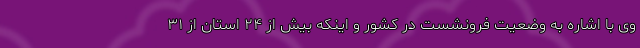
وی با اشاره به وضعیت فرونشست در کشور و اینکه بیش از ۲۴ استان از ۳۱